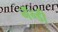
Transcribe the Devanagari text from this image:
नॅन्डी